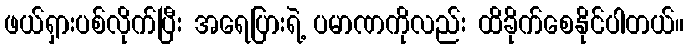
ဖယ်ရှားပစ်လိုက်ပြီး အရေပြားရဲ့ ပမာဏကိုလည်း ထိခိုက်စေနိုင်ပါတယ်။